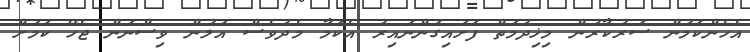
އެހެންކަމުން ސަރުކާރުން މިޚިދުމަތް ފަށައިގަންނައިރު އެކަމާ މެދުވެސް އަލުން ވިސްނަން ޖެހޭ ކަަމަށް